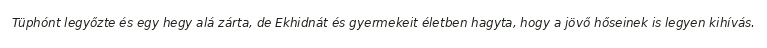
Tüphónt legyőzte és egy hegy alá zárta, de Ekhidnát és gyermekeit életben hagyta, hogy a jövő hőseinek is legyen kihívás.